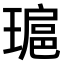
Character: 𤨖